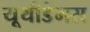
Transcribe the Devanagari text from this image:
यूथीडेमस